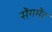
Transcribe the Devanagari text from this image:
सेंगमेंट